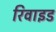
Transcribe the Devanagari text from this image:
रिवाइड